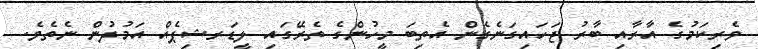
ވެރިކަމުގެ އާރާއި ބާރު ޖަހައިގަނެގެން އެތިބަ މީހުންގެ ތެރޭގައި ލީޑަރޝިޕެއް އަމުދުން ނެތެވެ.